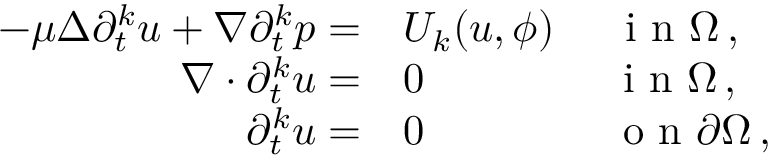
\begin{array} { r l } { - \mu \Delta \partial _ { t } ^ { k } u + \nabla \partial _ { t } ^ { k } p = } & { U _ { k } ( u , \phi ) \quad \ \textrm { i n } \Omega \, , } \\ { \nabla \cdot \partial _ { t } ^ { k } u = } & { 0 \qquad \qquad \ \textrm { i n } \Omega \, , } \\ { \partial _ { t } ^ { k } u = } & { 0 \qquad \qquad \ \textrm { o n } \partial \Omega \, , } \end{array}